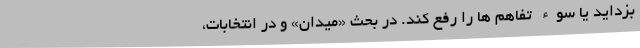
بزداید یا سوء تفاهم ها را رفع کند. در بحث «میدان» و در انتخابات،